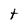
Character: t